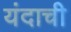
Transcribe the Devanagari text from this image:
यंदाची